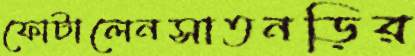
ফোটালেনসাতনড়ির